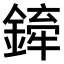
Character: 𫒻